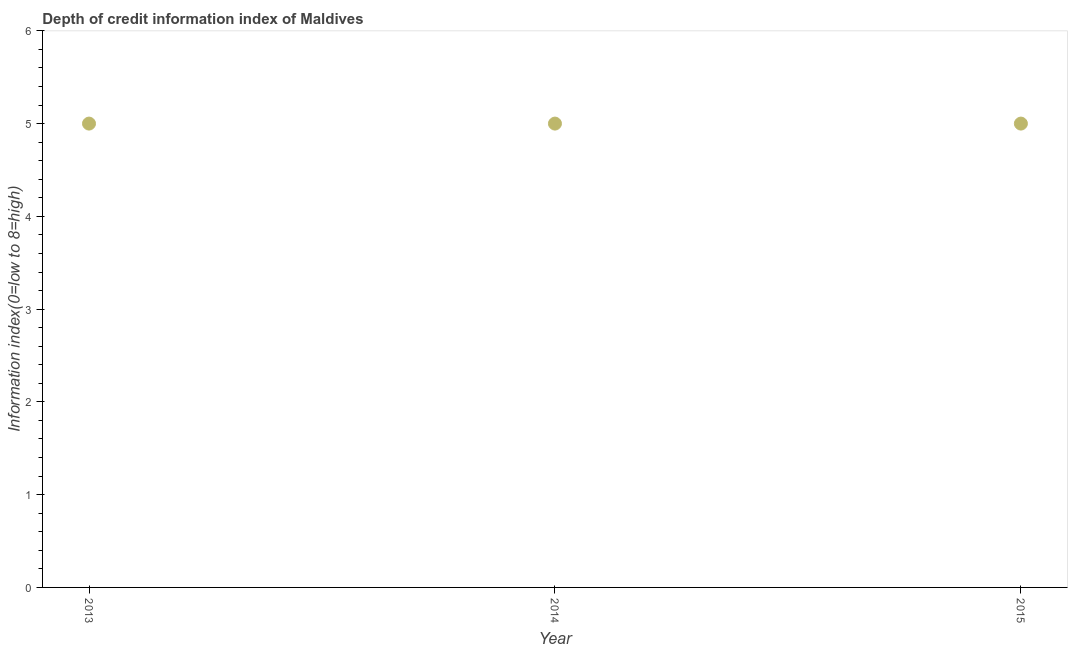
| Year | Depth of credit information index |
 | --- | --- |
 | 2013 | 5 |
 | 2014 | 5 |
 | 2015 | 5 |